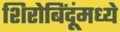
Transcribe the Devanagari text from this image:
शिरोबिंदूंमध्ये